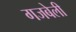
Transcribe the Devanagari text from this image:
गजबेली